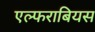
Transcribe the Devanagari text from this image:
एल्फराबियस